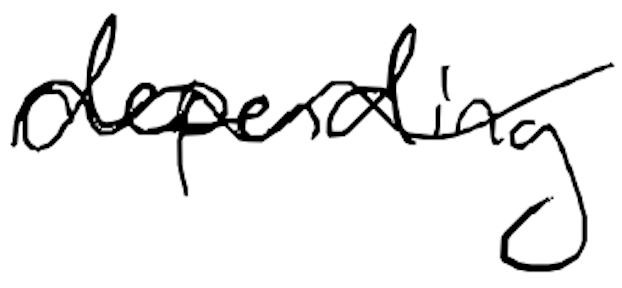
Text: depending
Cross-out: mix
Writing tool: digital_black